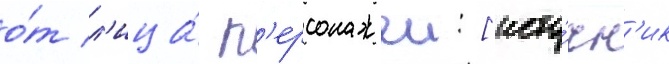
о́т л'ица́ п'ерсонажеи: [исто́чн'ик